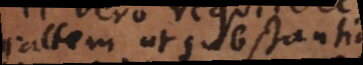
saltem ut substantia